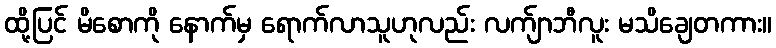
ထို့ပြင် မိစောကို နောက်မှ ရောက်လာသူဟုလည်း လက်ျာဘီလူး မသိချေတကား။